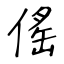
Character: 傜